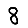
Digit: 8